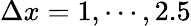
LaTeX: \Delta x=1,\cdots,2.5